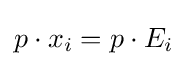
p\cdot x_{i}=p\cdot E_{i}